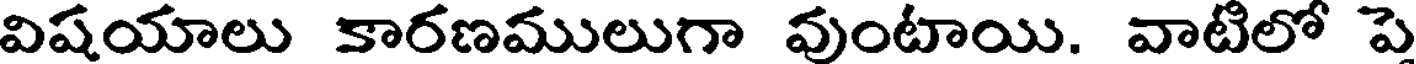
విషయాలు కారణములుగా వుంటాయి. వాటిలో పె